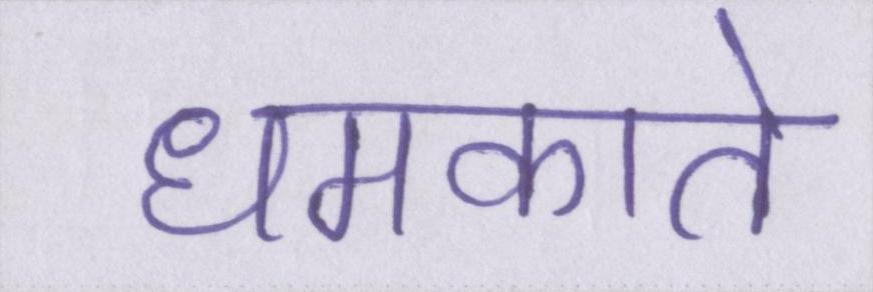
धमकाते